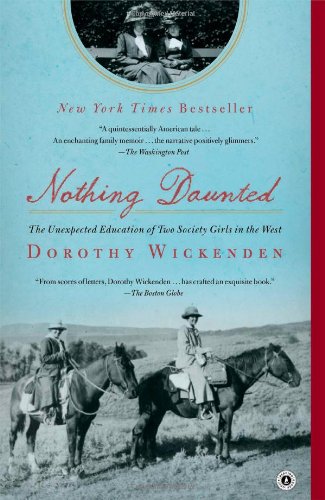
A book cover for Nothing Daunted: The Unexpected Education of Two Society Girls in the West; Dorothy Wickenden; Biographies & Memoirs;